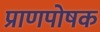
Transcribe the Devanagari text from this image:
प्राणपोषक